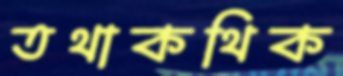
তথাকথিক